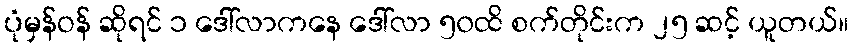
ပုံမှန်ဝန် ဆိုရင် ၁ ဒေါ်လာကနေ ဒေါ်လာ ၅၀ထိ စက်တိုင်းက ၂၅ ဆင့် ယူတယ်။